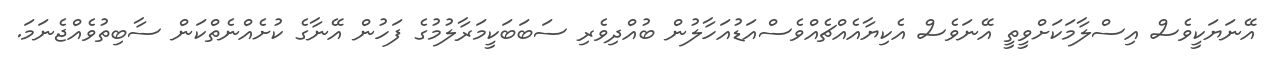
އޭނަޔަކީވެސް އިސްލާމަކަށްވީތީ އޭނަވެސް އެކިޔާއެއްޗެއްވެސްއަޑުއަހާލުން ބުއްދިވެރި ސަބަބަކީމަރާލުމުގެ ފަހުން އޭނާގެ ކުށެއްނެތްކަން ސާބިތުވެއްޖެނަމަ.